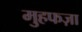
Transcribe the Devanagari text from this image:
मुहफज़ा